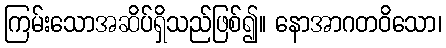
ကြမ်းသောအဆိပ်ရှိသည်ဖြစ်၍။ နောအာဂတဝိသော၊